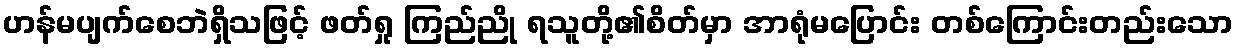
ဟန်မပျက်စေဘဲရှိသဖြင့် ဖတ်ရှု ကြည်ညို ရသူတို့၏စိတ်မှာ အာရုံမပြောင်း တစ်ကြောင်းတည်းသော